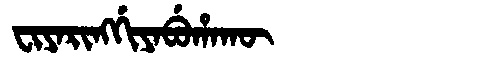
Manchu: ᠸᡳᠶᠠᡵᡳᠩᡤᡳᠶᠠᠪᡠᡥᠠᡴᡡ
Romanization: FIYARINGGIYABUHAKŪ